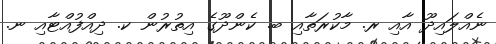
ނެއްލައިދޫ އާއި ރ. މާކުރަތާއި ބ. ކެންދޫގެ އިތުރުން ކ. ދިއްފުއްޓާއި ނ.